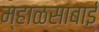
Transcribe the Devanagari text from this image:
म्हाळसाबाई